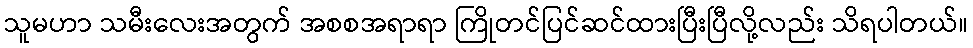
သူမဟာ သမီးလေးအတွက် အစစအရာရာ ကြိုတင်ပြင်ဆင်ထားပြီးပြီလို့လည်း သိရပါတယ်။